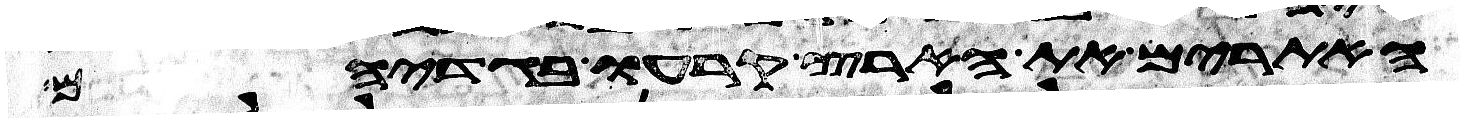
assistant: האתורים את הארץ קרעו בגדיהם